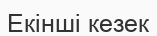
Екінші кезек